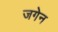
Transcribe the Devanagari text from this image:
जगेन